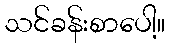
သင်ခန်းစာပေါ့။